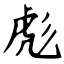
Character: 彪